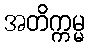
အတိက္ကမ္မ